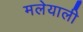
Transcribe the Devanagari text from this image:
मलेयाली